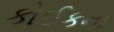
કોઈકના